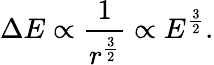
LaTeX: \Delta E\propto{\frac{1}{r^{\frac{3}{2}}}}\propto E^{\frac{3}{2}}.